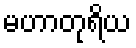
မဟာတုရိယ